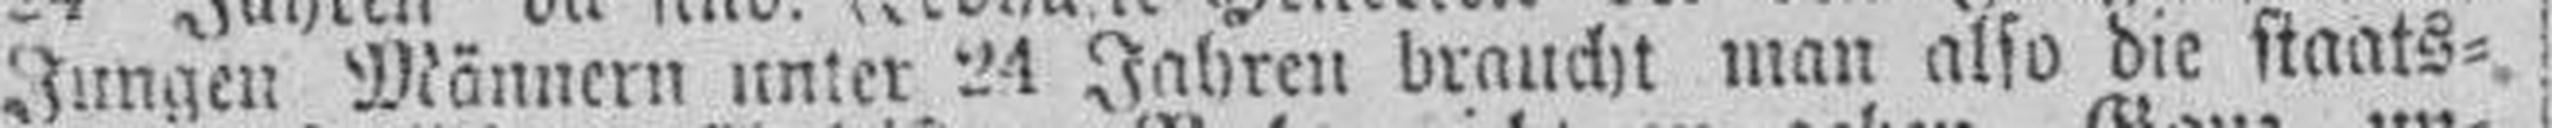
Jungen Männern unter 24 Jahren braucht man also die staats¬